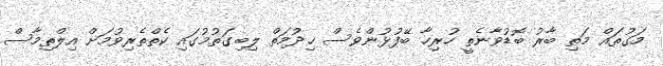
މަގުތައް މަތި ބާރު ބޮޑުވާނެތީ ހުރިހާ ބޭފުޅުންވެސް ޚިދުމަތް ލިބިގަތުމުގައި ކެތްތެރިވުމަށް އިލްތިމާސް